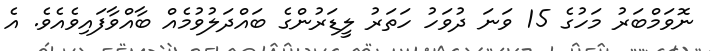
ނޮވަމްބަރު މަހުގެ 15 ވަނަ ދުވަހު ހަތަރު ލީޑަރުންގެ ބައްދަލުވުމެއް ބާއްވާފައިވެއެވެ. އެ